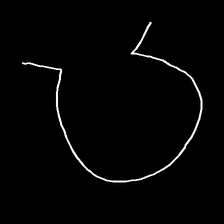
Glyph: weave